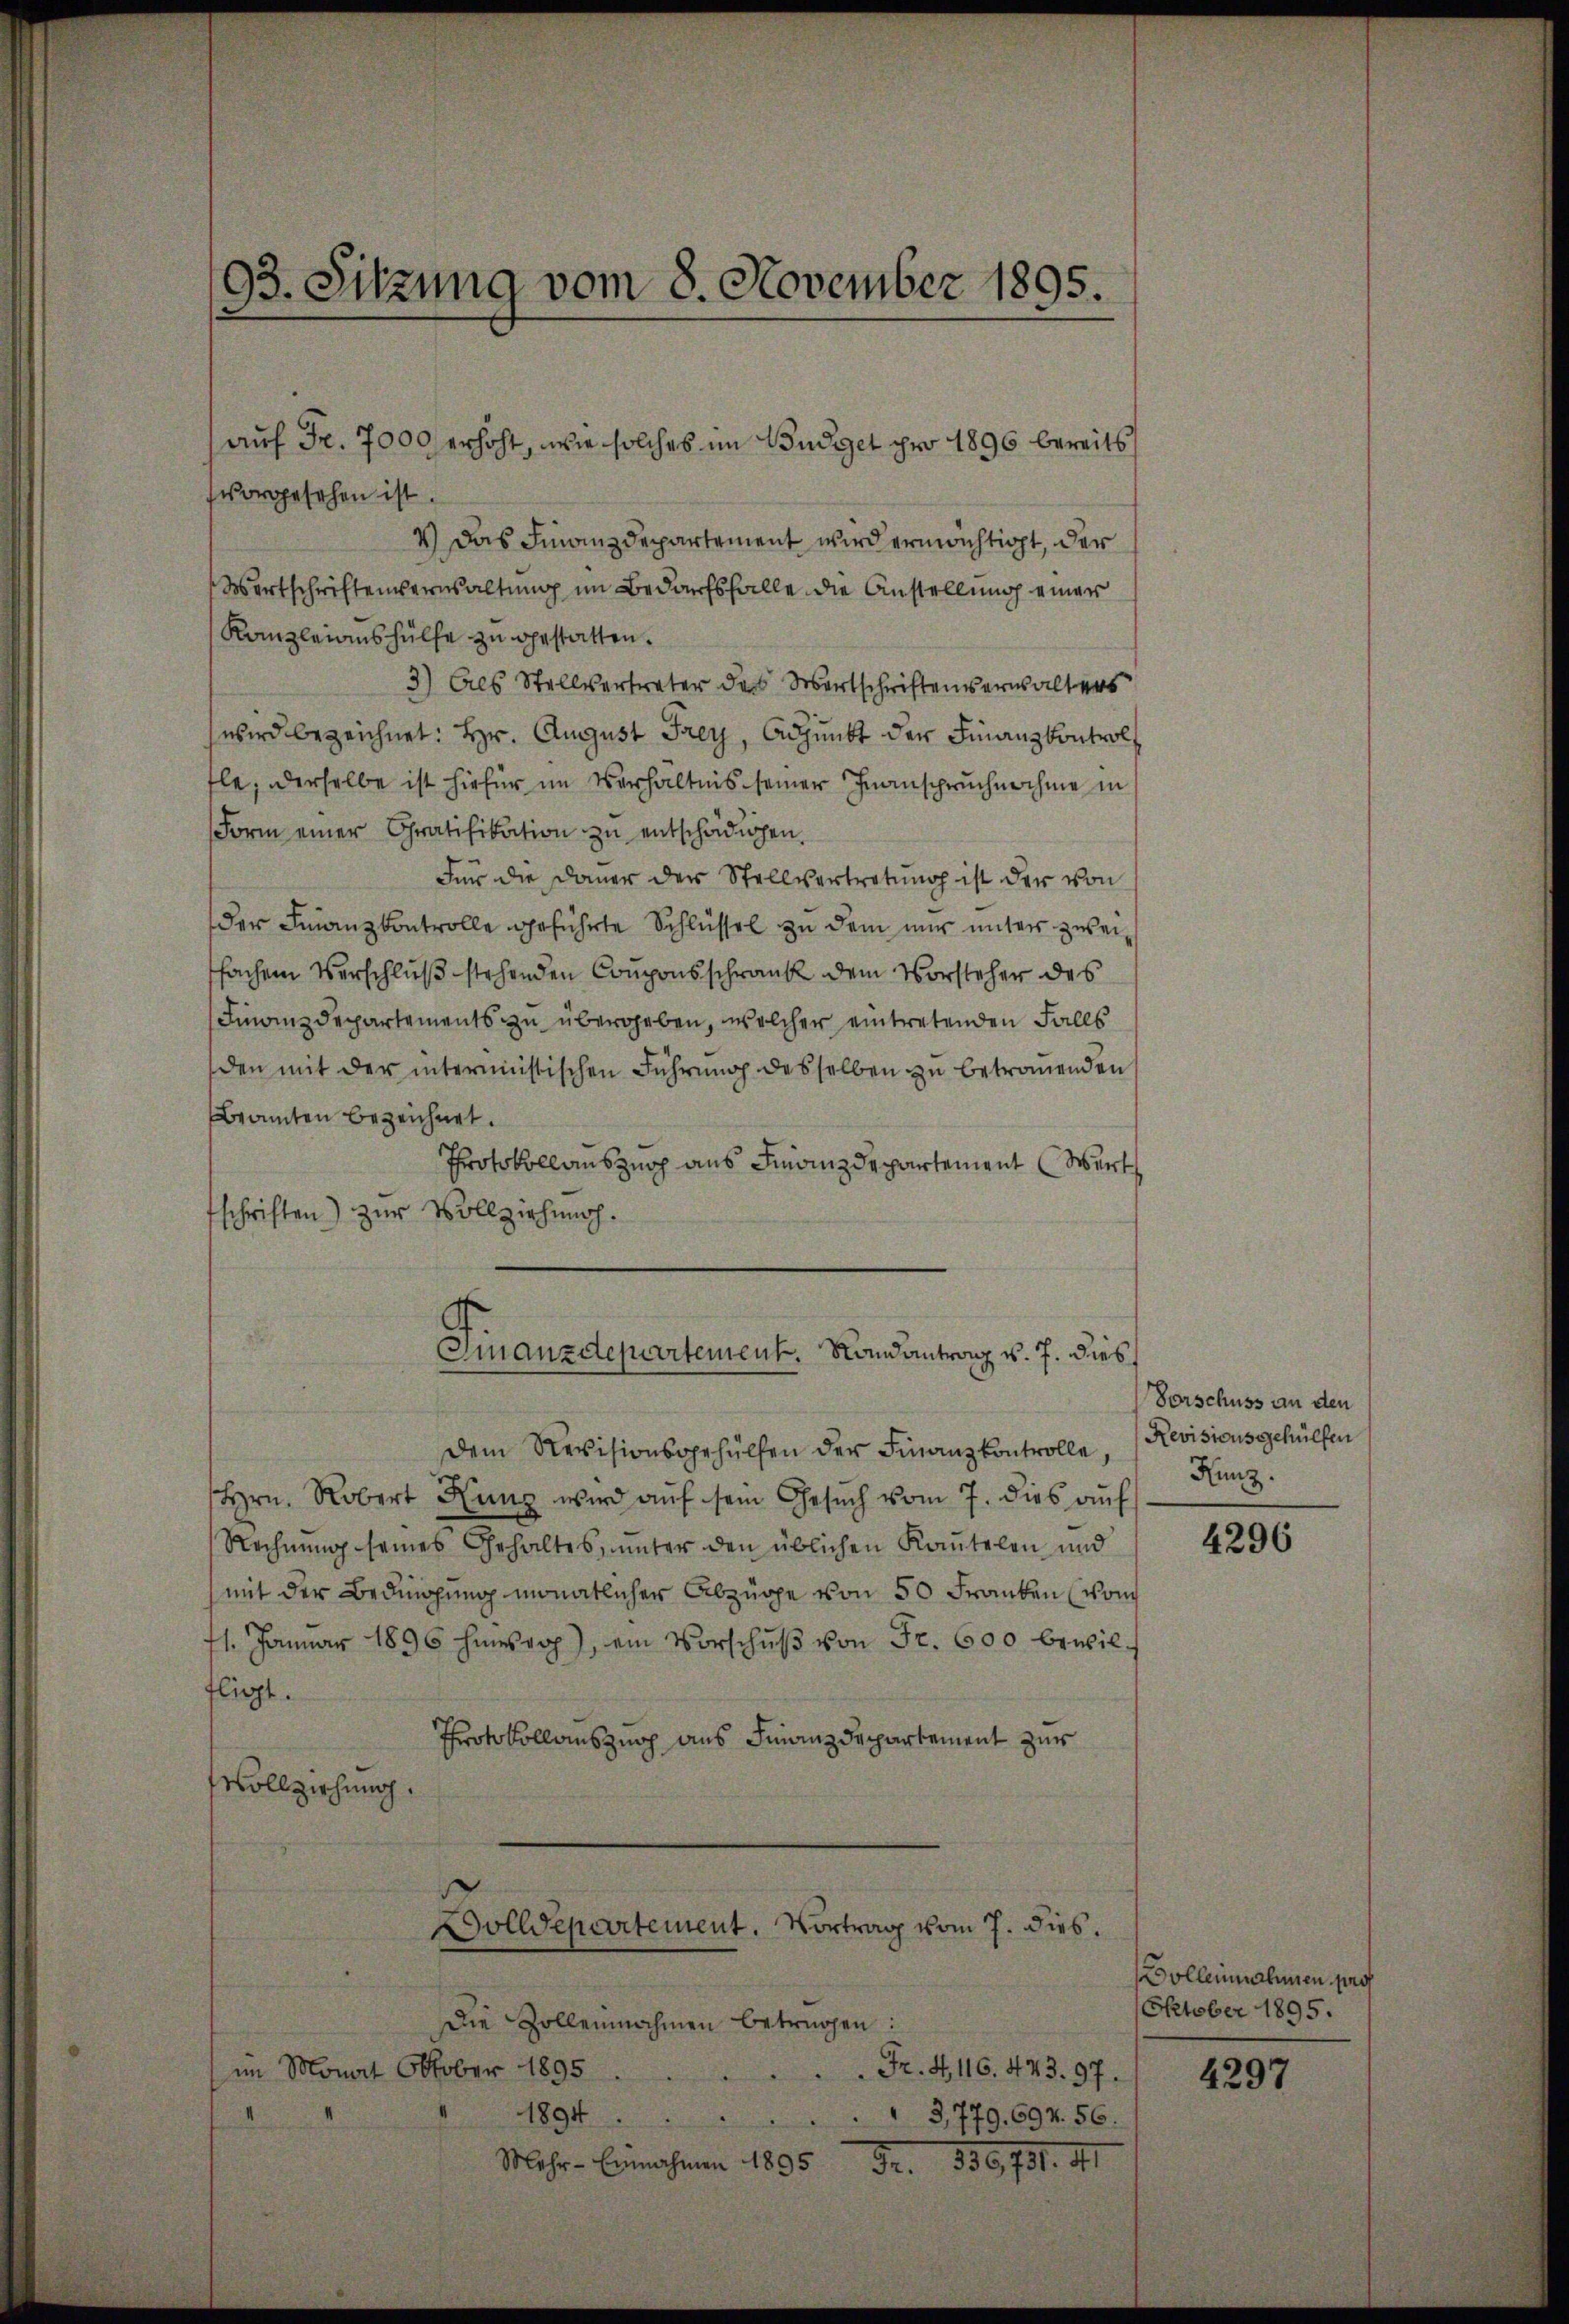
vorgesehen ist.
4) Das Finanzdepartement wird ermächtigt, der
Wortschriftendernsaltung im Bedarfsfalle die Anstellung einer
Kanzleiaushülfe zu gestatten.
3) Ces Stellvertreter des Wirtschriftenerwalters
wird bezeichnet: Hr. August Frey, Adjunkt der Finanzkontrol,
fle, derselbe ist hiefür im Verhältnis seiner Inanspruchnahme in
Form einer Gratifikation zu entschädigen
Für die Dauer der Stellvertretung ist der von
der Finanzkontrolle geführte Schlüssel zu dem nur unter zweifachen Verschluß stehenden Couponsschrank dem Vorsteher des
Finanzdepartements zu übergeben, welcher eintretenden Falls
den mit der intermistischen Führung desselben zu betromenden
Beamten bezeichnet.
Protokollauszug aus Finanzdepartement Würt
fschriften) zur Vollziehung.

93. Sitzung vom 8. November 1895.

auf Fr. 7000 erhöht, wie solches im Budget pro 1896 bereits

Finanzdepartement. Randantrag v. 7. dies

Dem Revisionsgehülfen der Finanzkontrolle,
hrn. Robert Kunz wird aŭf sein Gesŭch vom 7. dies auf
Rechnung seines Gehaltes, unter den üblichen Kautelen und
mit der Bedingung monatlicher Abzüge von 50 Franken (von
11. Januar 1896 hierop), ein Vorschŭβ von Fr. 600 bewilfligt.
Protokollauszug aus Finanzdepartement zur
Vollziehung.

Dolldepartement. Vortrag vom 7. dies.

Die Zollennahmen betrügen:
im Monat Oktober 1895
Fr. 4. 116. 443. 97.
1894
3,779. 694. 56.
Mehr-Einnahmen 1895
Nr. 139. 731. M.

Vorschuss an den
Revisionsgehülfen
Kunz.

4296

Dollemahnen pros
Oktober 1895.

4297